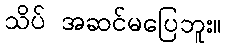
သိပ် အဆင်မပြေဘူး။